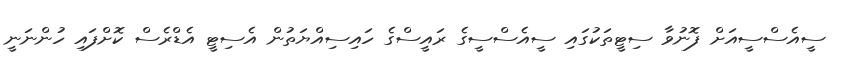
ސީއެސްސީއަށް ފޮނުވާ ސިޓީތަކުގައި ސީއެސްސީގެ ރައީސްގެ ހައިސިއްޔަތުން އެސިޓީ އެޑްރެސް ކޮށްފައި ހުންނަނީ